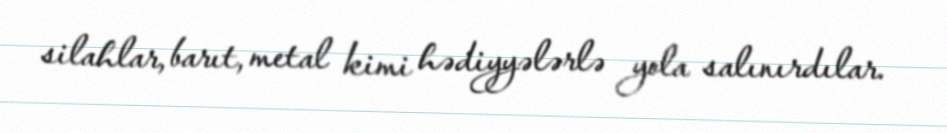
silahlar, barıt, metal kimi hədiyyələrlə yola salınırdılar.